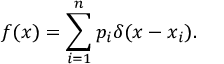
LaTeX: f ( x ) = \sum _ { i = 1 } ^ { n } p _ { i } \delta ( x - x _ { i } ) .